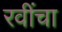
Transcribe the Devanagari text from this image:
रवींचा